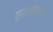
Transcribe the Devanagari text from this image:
घुसखोरांचा